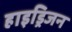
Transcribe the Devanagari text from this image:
हाइड्रिजन